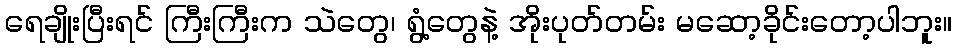
ရေချိုးပြီးရင် ကြီးကြီးက သဲတွေ၊ ရွံ့တွေနဲ့ အိုးပုတ်တမ်း မဆော့ခိုင်းတော့ပါဘူး။